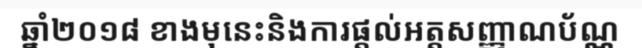
ឆ្នាំ២០១៨ ខាងមុនេះនិងការផ្តល់អត្តសញ្ញាណប័ណ្ណ